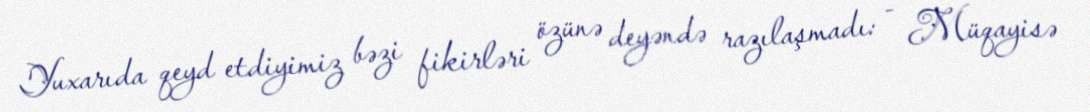
Yuxarıda qeyd etdiyimiz bəzi fikirləri özünə deyəndə razılaşmadı: - Müqayisə